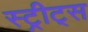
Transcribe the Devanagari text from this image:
स्ट्रीट्‌स